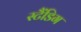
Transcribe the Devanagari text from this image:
स्टैंडिग